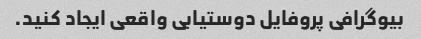
بیوگرافی پروفایل دوستیابی واقعی ایجاد کنید.